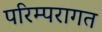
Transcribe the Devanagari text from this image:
परिम्परागत